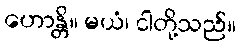
ဟောန္တိ။ မယံ၊ ငါတို့သည်။